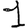
Digit: 1